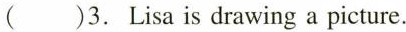
( )3.Lisa is drawing a picture.